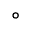
^ \circ